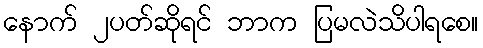
နောက် ၂ပတ်ဆိုရင် ဘာက ပြမလဲသိပါရစေ။